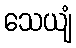
သေယျံ